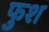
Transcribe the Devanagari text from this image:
फुश